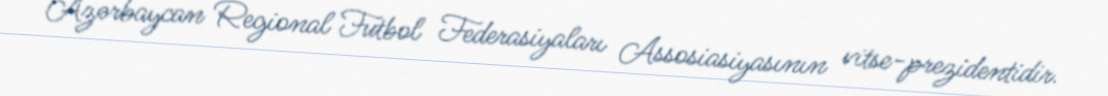
Azərbaycan Regional Futbol Federasiyaları Assosiasiyasının vitse-prezidentidir.